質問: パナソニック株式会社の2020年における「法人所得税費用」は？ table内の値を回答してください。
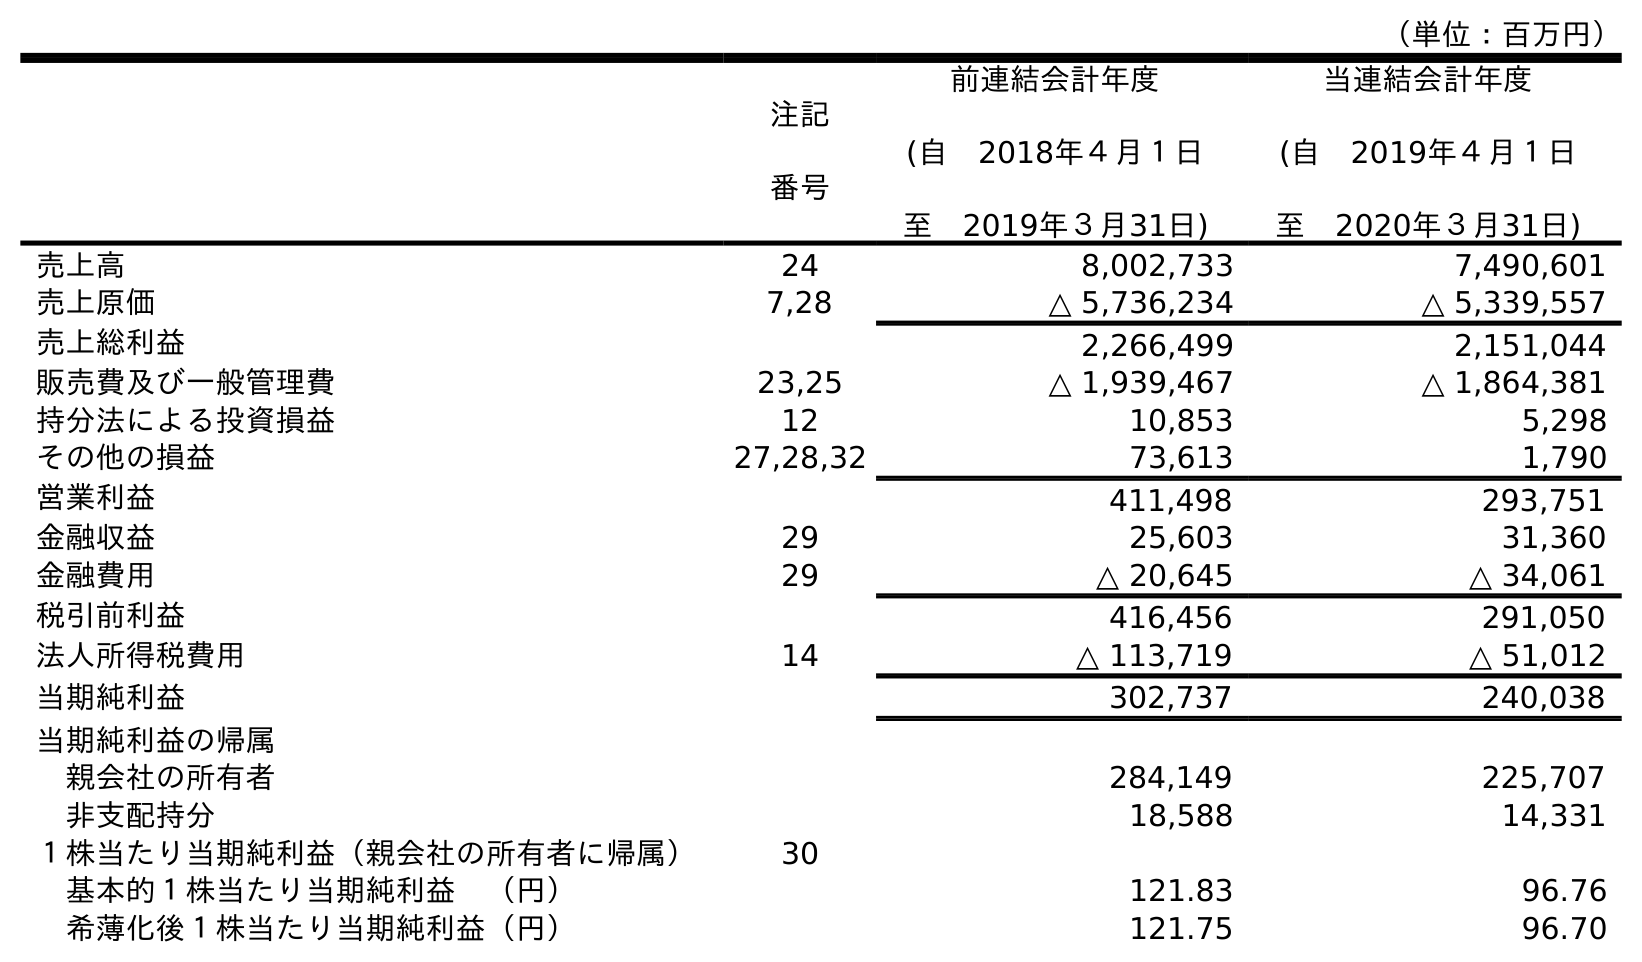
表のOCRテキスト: （単位：百万円） 注記 番号 前連結会計年度 (自 2018年４月１日 至 2019年３月31日) 当連結会計年度 (自 2019年４月１日 至 2020年３月31日) 売上高 24 8,002,733 7,490,601 売上原価 7,28 △ 5,736,234 △ 5,339,557 売上総利益 2,266,499 2,151,044 販売費及び一般管理費 23,25 △ 1,939,467 △ 1,864,381 持分法による投資損益 12 10,853 5,298 その他の損益 27,28,32 73,613 1,790 営業利益 411,498 293,751 金融収益 29 25,603 31,360 金融費用 29 △ 20,645 △ 34,061 税引前利益 416,456 291,050 法人所得税費用 14 △ 113,719 △ 51,012 当期純利益 302,737 240,038 当期純利益の帰属 親会社の所有者 284,149 225,707 非支配持分 18,588 14,331 １株当たり当期純利益（親会社の所有者に帰属） 30 基本的１株当たり当期純利益 （円） 121.83 96.76 希薄化後１株当たり当期純利益（円） 121.75 96.70
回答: △51,012